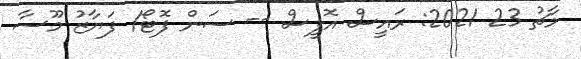
މާޗު 23 2021: ރައީސް އޮފީސް -- ސަން ފޮޓޯ/ ފަޔާޒު މޫސާ